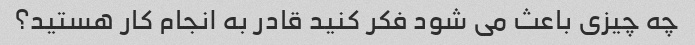
چه چیزی باعث می شود فکر کنید قادر به انجام کار هستید؟